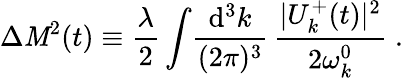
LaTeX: \Delta{\cal\mathit{M}}^{2}(t)\equiv\frac{{\lambda}}{{2}}\int\! \frac{{\mathrm{{d^{3}}}k}}{{(2\pi)^{3}}}\, \frac{{|U_{k}^{+}(t)|^{2}}}{{2\omega_{k}^{0}}}\; .